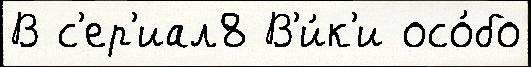
В с'ер'иал8 В'и́к'и осо́бо